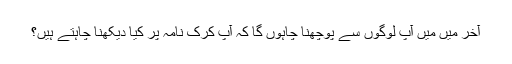
آخر میں میں آپ لوگوں سے پوچھنا چاہوں گا کہ آپ کرک نامہ پر کیا دیکھنا چاہتے ہیں؟